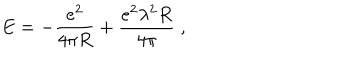
LaTeX: E = - \frac { e ^ { 2 } } { 4 \pi R } + \frac { e ^ { 2 } \lambda ^ { 2 } R } { 4 \pi } \; ,